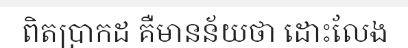
ពិតប្រាកដ គឺមានន័យថា ដោះលែង